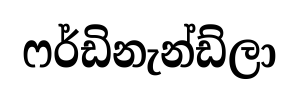
ෆර්ඩිනැන්ඩ්ලා